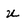
Character: u